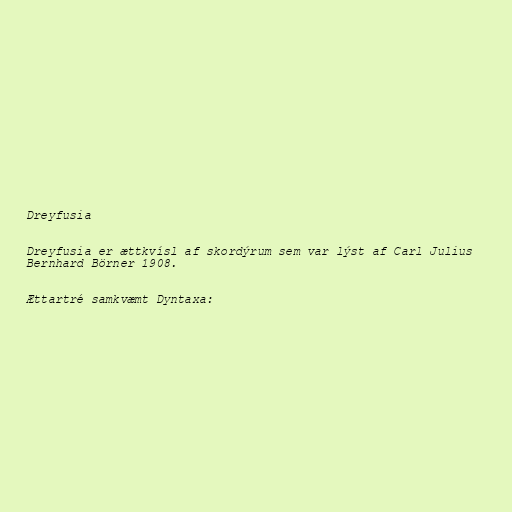
Dreyfusia

Dreyfusia er ættkvísl af skordýrum sem var lýst af Carl Julius
Bernhard Börner 1908.

Ættartré samkvæmt Dyntaxa: